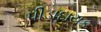
પીડાદાયક